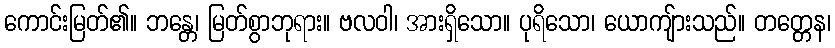
ကောင်းမြတ်၏။ ဘန္တေ၊ မြတ်စွာဘုရား။ ဗလဝါ၊ အားရှိသော။ ပုရိသော၊ ယောကျ်ားသည်။ တတ္တေန၊